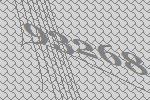
93268